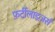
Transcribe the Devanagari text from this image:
फ़र्टीलाइज़र्स